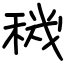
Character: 穖